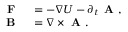
\begin{array} { r l } { \textbf { F } } & { { } = - \nabla U - \partial _ { t } \textbf { A } , } \\ { \textbf { B } } & { { } = \nabla \times \textbf { A } . } \end{array}